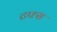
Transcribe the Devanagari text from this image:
टफ्स